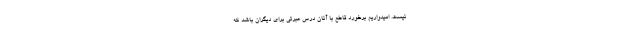
نیست. امیدواریم برخورد قاطع با آنان درس عبرتی برای دیگران باشد که